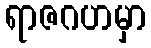
ရာဇဂဟမှာ